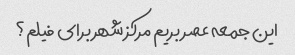
این جمعه عصر بریم مرکز شهر برای فیلم؟